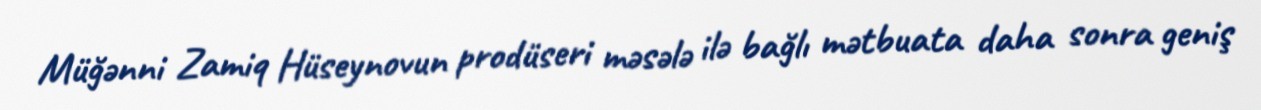
Müğənni Zamiq Hüseynovun prodüseri məsələ ilə bağlı mətbuata daha sonra geniş